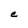
Character: e